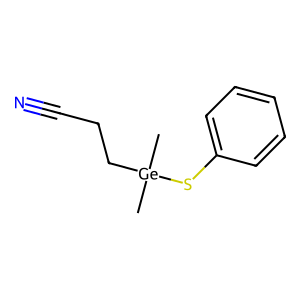
SMILES: C[Ge](C)(CCC#N)Sc1ccccc1
Inhibits HIV replication: No